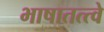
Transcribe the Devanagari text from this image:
भाषातत्त्वे